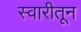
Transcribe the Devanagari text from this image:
स्वारीतून